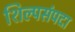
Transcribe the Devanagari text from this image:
शिल्पसंपदा